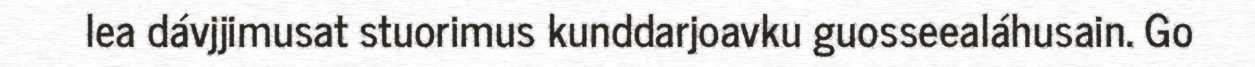
lea dávjjimusat stuorimus kunddarjoavku guosseealáhusain. Go